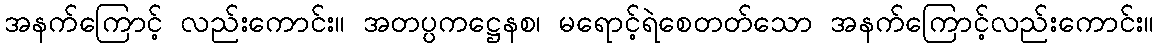
အနက်ကြောင့် လည်းကောင်း။ အတပ္ပကဋ္ဌေနစ၊ မရောင့်ရဲစေတတ်သော အနက်ကြောင့်လည်းကောင်း။